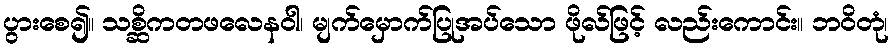
ပွားစေ၍။ သစ္ဆိကတဖလေနဝါ၊ မျက်မှောက်ပြုအပ်သော ဖိုလ်ဖြင့် လည်းကောင်း။ ဘဝိတုံ၊